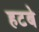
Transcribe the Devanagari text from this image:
हटबे